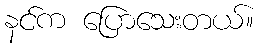
နင်က ပြောသေးတယ်။